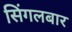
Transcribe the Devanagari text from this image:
सिंगलबार